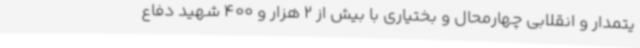
یتمدار و انقلابی چهارمحال و بختیاری با بیش از 2 هزار و 400 شهید دفاع